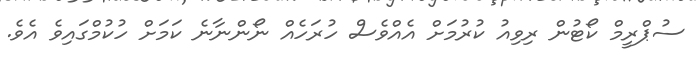
ސުޕްރީމް ކޯޓުން ރިވިއު ކުރުމަށް އެއްވެސް ހުރަހެއް ނޯންނާނެ ކަމަށް ހުކުމްގައިވެ އެވެ.